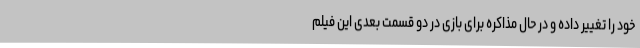
خود را تغییر داده و در حال مذاکره برای بازی در دو قسمت بعدی این فیلم